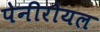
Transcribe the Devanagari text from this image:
पेनीरोयल